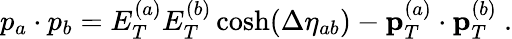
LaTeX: p_{a}\cdot p_{b}=E_{T}^{(a)}E_{T}^{(b)}\cosh(\Delta\eta_{ab})-{\mathbf p}_{T}^{(a)}\cdot{\mathbf p}_{T}^{(b)}\ .